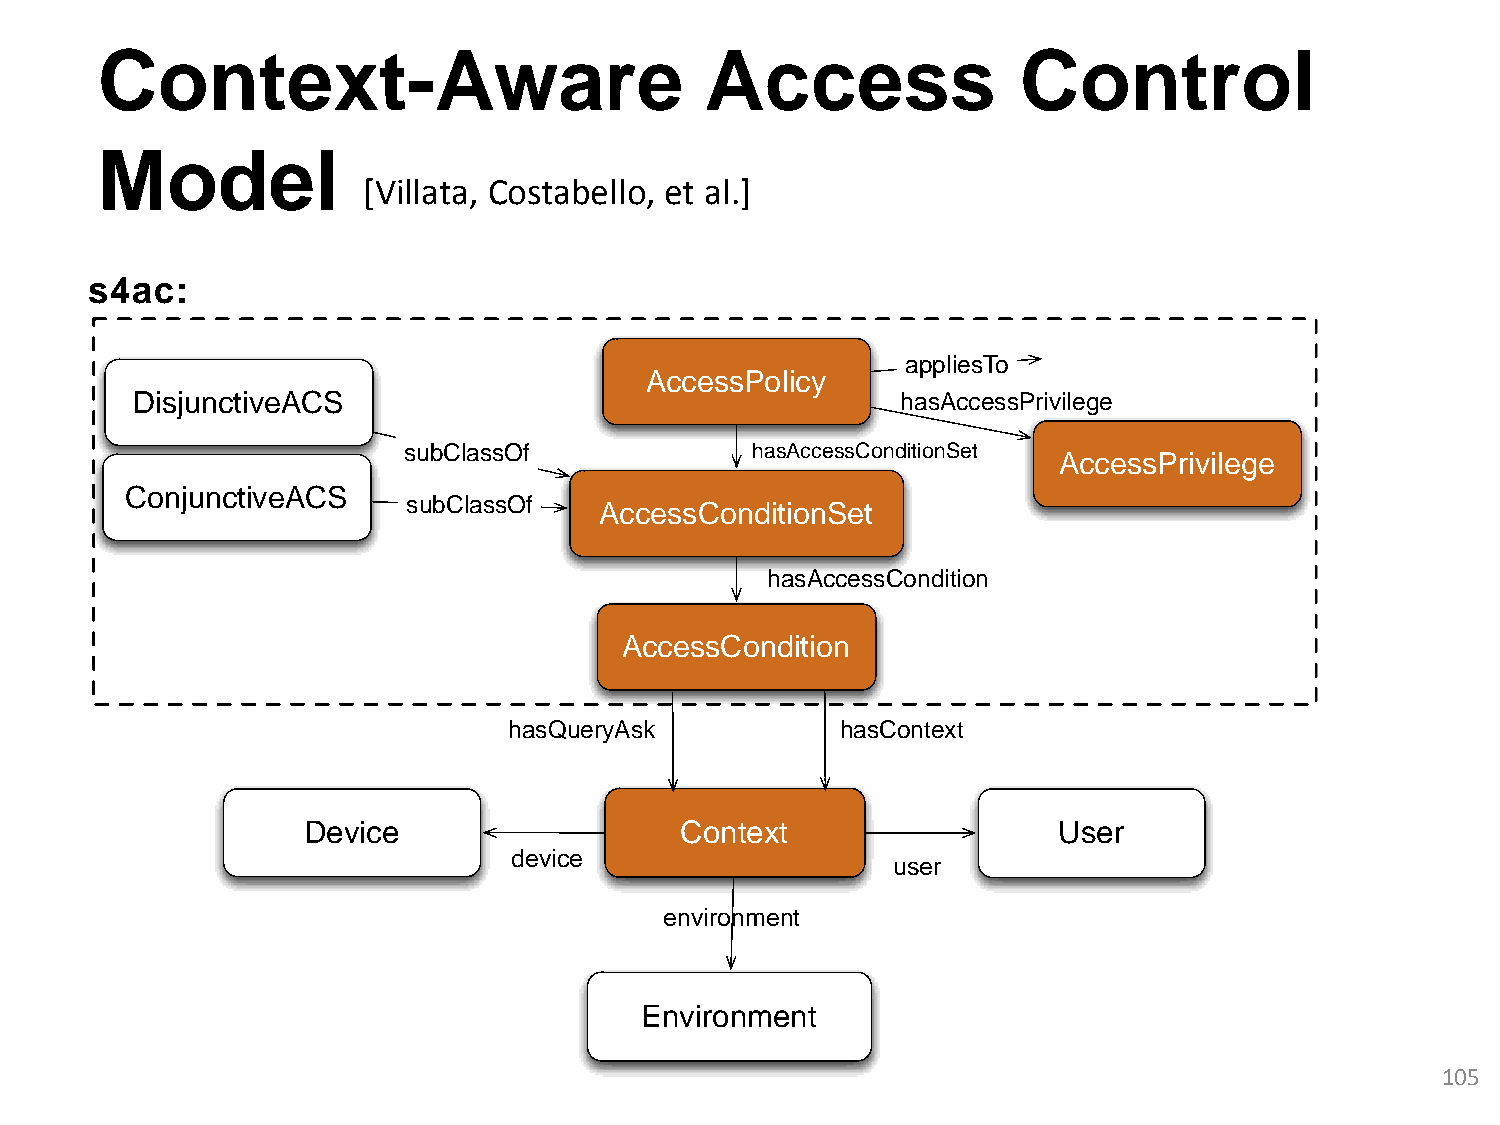
Context-Aware                            Access               Control
 Model
 [Villata, Costabello, et al.]
 Device                   Context                  User
 device
 user
 environment
 Environment
 105
 s 4
 C
 a
 D
 o
 c
 i s
 n
 :
 j u
 j u
 n
 n
 c
 c
 t i v
 t i v
 e
 e
 A
 A
 C
 C
 S
 S
 s
 s
 u
 u
 b
 b
 C
 C
 la
 la
 s
 s
 s
 s
 O
 O
 h
 f
 f
 a s Q u e
 A
 r y
 c
 A
 A
 c
 s
 A
 e
 c
 k
 c
 c
 s
 e
 c
 s
 s
 e
 C
 s
 s
 o
 C
 s P
 n
 o
 o l i c y
 h a s A c c e s s C o n
 d i t i o n S e t
 h a s A c c e s s C
 n d i t i o n
 h a s C
 a p p lie
 h a s A c
 d itio n S e
 o n d it io
 o n t e x t
 s T
 c e
 t
 n
 o
 s s P r iv ile
 A c
 g e
 c e s s P r i v i l e g e